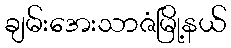
ချမ်းအေးသာဇံမြို့နယ်